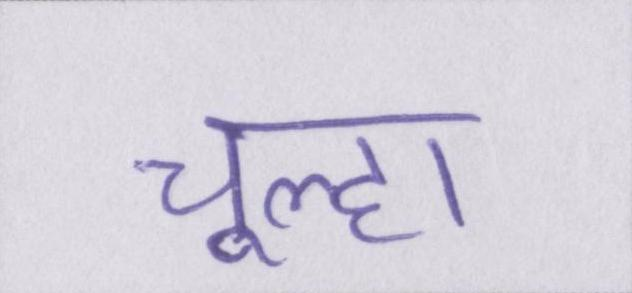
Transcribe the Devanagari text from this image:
चूल्हा